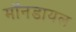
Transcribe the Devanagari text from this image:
मॉनडायल